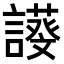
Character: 𧬖